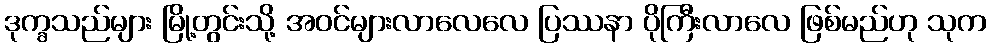
ဒုက္ခသည်များ မြို့တွင်းသို့ အဝင်များလာလေလေ ပြဿနာ ပိုကြီးလာလေ ဖြစ်မည်ဟု သုက